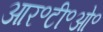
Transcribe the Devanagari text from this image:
आर॰टी॰ओ॰